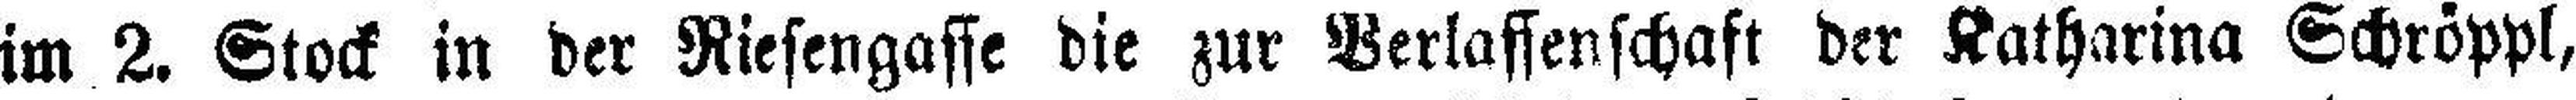
im 2. Stock in der Riesengasse die zur Verlassenschaft der Katharina Schröppl,